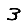
Digit: 3